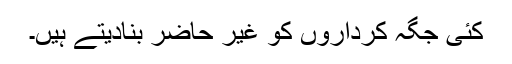
کئی جگہ کرداروں کو غیر حاضر بنادیتے ہیں۔